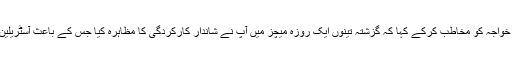
میجر جنرل آصف غفور نے عثمان خواجہ کو مخاطب کرکے کہا کہ گزشتہ تینوں ایک روزہ میچز میں آپ نے شاندار کارکردگی کا مظاہرہ کیا جس کے باعث آسٹریلین ٹیم کو سیریز جیتنے میں مدد ملی۔